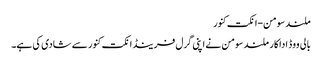
ملند سومن-انکت کنور
بالی ووڈ اداکار ملند سومن نے اپنی گرل فرینڈ انکت کنور سے شادی کی ہے۔